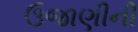
ઉજાણીની